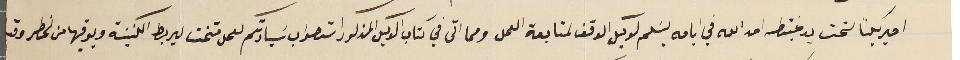
اميركيًا لتحت يد غبطته امد الله في ايامه ليسَلم لوكيل الوقف لمتابعة العمل ومما اتى في كتاب الوكيل المذكور استصواب سَيادتكم لعمل متخت لبربط الكنيسَة ويوقيها من الخطر وقد